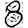
Digit: 8